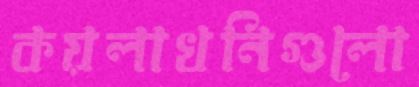
কয়লাখনিগুলো